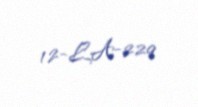
12-LA-229